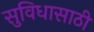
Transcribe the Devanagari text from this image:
सुविधासाठी